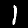
Digit: 1